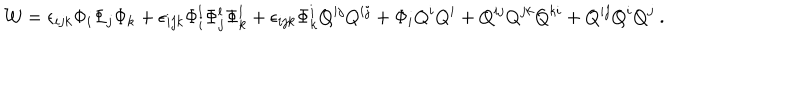
{ \cal W } = \epsilon _ { i j k } \Phi _ { i } \Phi _ { j } \Phi _ { k } + \epsilon _ { i j k } \Phi _ { i } ^ { l } \Phi _ { j } ^ { l } \Phi _ { k } ^ { l } + \epsilon _ { i j k } \Phi _ { k } ^ { i } Q ^ { i j } Q ^ { i j } + \Phi _ { i } Q ^ { i } Q ^ { i } + Q ^ { i j } Q ^ { j k } Q ^ { k i } + Q ^ { i j } Q ^ { i } Q ^ { j } ~ .